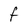
Character: F